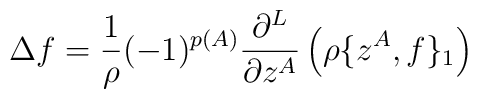
\Delta f=\frac{1}{\rho}(-1)^{p(A)}     \frac{\partial^L}{\partial z^A}\left(\rho\{z^A,f\}_1\right)